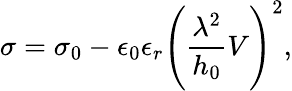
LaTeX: \sigma=\sigma_{0}-\epsilon_{0}\epsilon_{r}\Bigg(\frac{\lambda^{2}}{h_{0}}V\Bigg)^{2},